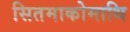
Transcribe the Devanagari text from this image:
सितमाकोमाथि